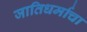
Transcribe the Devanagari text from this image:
जातिधर्माचा